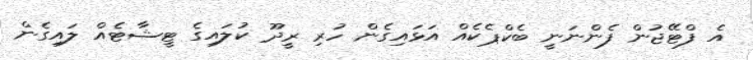
އެ ފްޓޭޖުން ފެންނަނީ ބެކްޕެކެއް އަޅައިގެން ހުރި ރީދޫ ކުލައިގެ ޓީޝާޓެއް ލައިގެން